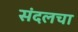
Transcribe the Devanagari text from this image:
संदलचा